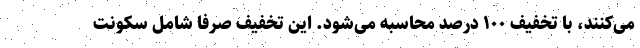
می‌کنند، با تخفیف ۱۰۰ درصد محاسبه می‌شود. این تخفیف صرفاً شامل سکونت